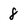
Character: 8